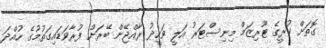
ގޮތަށް ކުރީގެ ޓޫރިޒަމް މިނިސްޓަރު އަލީ ވަހީދު ރާއްޖޭން ބޭރަށް ފުރާވަޑައިގަތުމުގެ ހުއްދަ